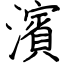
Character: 濱